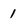
Character: 1